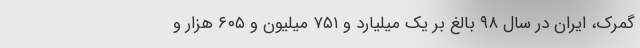
گمرک، ایران در سال ۹۸ بالغ بر یک میلیارد و ۷۵۱ میلیون و ۶۰۵ هزار و